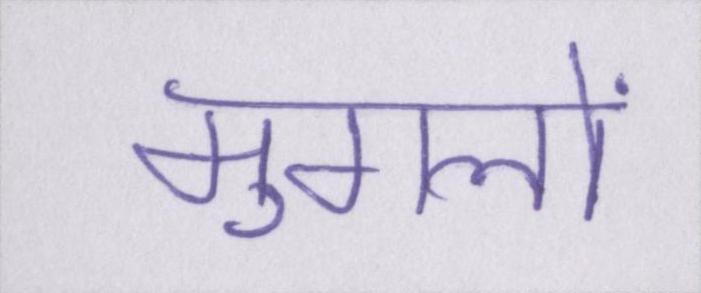
मुगलों